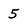
Character: 5